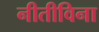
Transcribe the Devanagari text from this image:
नीतीविना